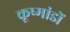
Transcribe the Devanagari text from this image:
कूष्मांडों